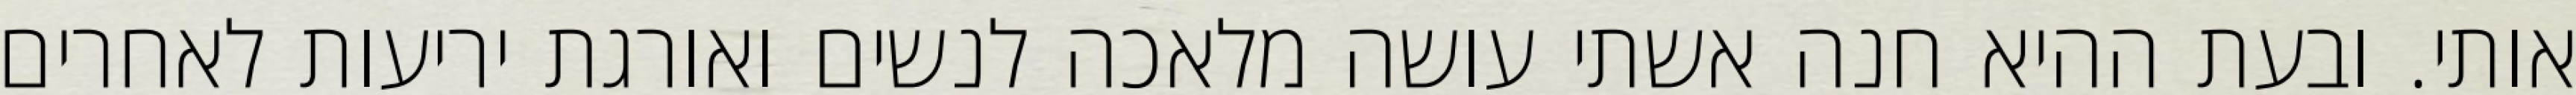
אותי. ובעת ההיא חנה אשתי עושה מלאכה לנשים ואורגת יריעות לאחרים